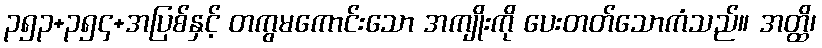
၃၅၃+၃၅၄+အပြစ်နှင့် တကွမကောင်းသော အကျိုးကို ပေးတတ်သောကံသည်။ အတ္ထိ၊